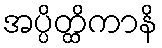
အပ္ပိတ္ထိကာနိ